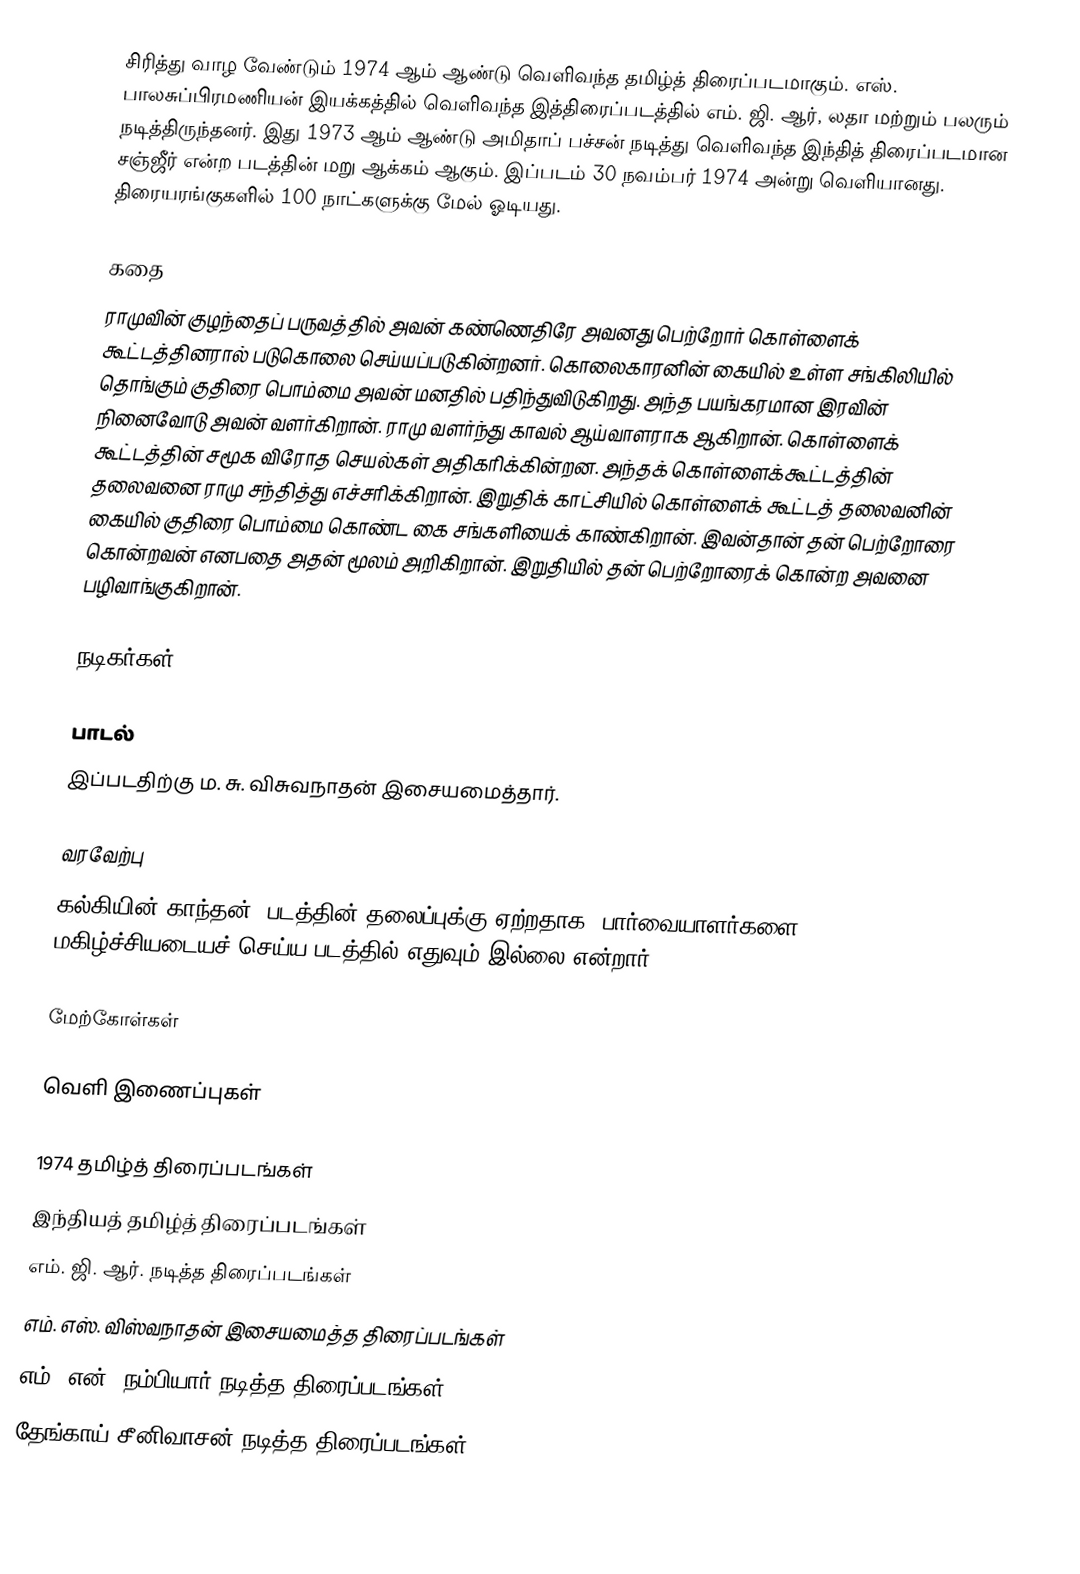
சிரித்து வாழ வேண்டும் 1974 ஆம் ஆண்டு வெளிவந்த தமிழ்த் திரைப்படமாகும். எஸ். பாலசுப்பிரமணியன் இயக்கத்தில் வெளிவந்த இத்திரைப்படத்தில் எம். ஜி. ஆர், லதா மற்றும் பலரும் நடித்திருந்தனர். இது 1973 ஆம் ஆண்டு அமிதாப் பச்சன் நடித்து வெளிவந்த இந்தித் திரைப்படமான சஞ்ஜீர் என்ற படத்தின் மறு ஆக்கம் ஆகும். இப்படம் 30 நவம்பர் 1974 அன்று வெளியானது. திரையரங்குகளில் 100 நாட்களுக்கு மேல் ஓடியது.

கதை
ராமுவின் குழந்தைப் பருவத்தில் அவன் கண்ணெதிரே அவனது பெற்றோர் கொள்ளைக் கூட்டத்தினரால் படுகொலை செய்யப்படுகின்றனர். கொலைகாரனின் கையில் உள்ள சங்கிலியில் தொங்கும் குதிரை பொம்மை அவன் மனதில் பதிந்துவிடுகிறது. அந்த பயங்கரமான இரவின் நினைவோடு அவன் வளர்கிறான். ராமு வளர்ந்து காவல் ஆய்வாளராக ஆகிறான். கொள்ளைக் கூட்டத்தின் சமூக விரோத செயல்கள் அதிகரிக்கின்றன. அந்தக் கொள்ளைக்கூட்டத்தின் தலைவனை ராமு சந்தித்து எச்சரிக்கிறான். இறுதிக் காட்சியில் கொள்ளைக் கூட்டத் தலைவனின் கையில் குதிரை பொம்மை கொண்ட கை சங்களியைக் காண்கிறான். இவன்தான் தன் பெற்றோரை கொன்றவன் எனபதை அதன் மூலம் அறிகிறான். இறுதியில் தன் பெற்றோரைக் கொன்ற அவனை பழிவாங்குகிறான்.

நடிகர்கள்

பாடல்
இப்படதிற்கு ம. சு. விசுவநாதன் இசையமைத்தார்.

வரவேற்பு
கல்கியின் காந்தன், படத்தின் தலைப்புக்கு ஏற்றதாக, பார்வையாளர்களை மகிழ்ச்சியடையச் செய்ய படத்தில் எதுவும் இல்லை என்றார்.

மேற்கோள்கள்

வெளி இணைப்புகள்

1974 தமிழ்த் திரைப்படங்கள்
இந்தியத் தமிழ்த் திரைப்படங்கள்
எம். ஜி. ஆர். நடித்த திரைப்படங்கள்
எம். எஸ். விஸ்வநாதன் இசையமைத்த திரைப்படங்கள்
எம். என். நம்பியார் நடித்த திரைப்படங்கள்
தேங்காய் சீனிவாசன் நடித்த திரைப்படங்கள்